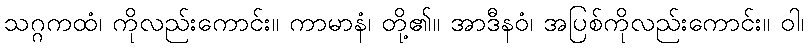
သဂ္ဂကထံ၊ ကိုလည်းကောင်း။ ကာမာနံ၊ တို့၏။ အာဒီနဝံ၊ အပြစ်ကိုလည်းကောင်း။ ဝါ၊